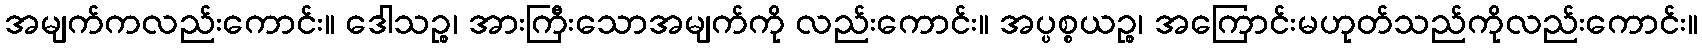
အမျက်ကလည်းကောင်း။ ဒေါသဉ္စ၊ အားကြီးသောအမျက်ကို လည်းကောင်း။ အပ္ပစ္စယဉ္စ၊ အကြောင်းမဟုတ်သည်ကိုလည်းကောင်း။